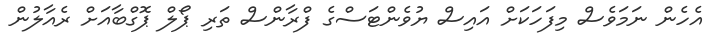
އެހެން ނަމަވެސް މިފަހަކަށް އައިސް ޔުވެންޓަސްގެ ފްރާންސް ތަރި ޕޯލް ޕޮގްބާއަށް ރެއާލުން